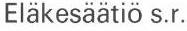
Eläkesäätiö s.r.